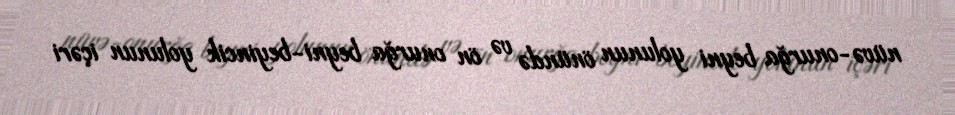
nüvə-onurğa beyni yolunun önündə və ön onurğa beyni-beyincik yolunun içəri